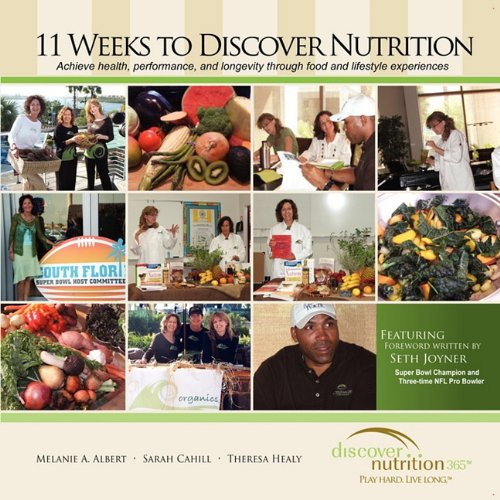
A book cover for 11 Weeks to Discover Nutrition; Melanie A Albert; Cookbooks, Food & Wine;